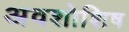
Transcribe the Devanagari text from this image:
अवशोशिष